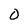
Character: 0